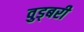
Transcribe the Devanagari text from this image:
वुड्बरी